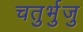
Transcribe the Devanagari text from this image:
चतुर्भुजु